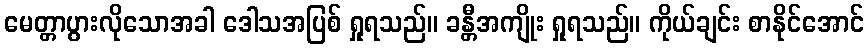
မေတ္တာပွားလိုသောအခါ ဒေါသအပြစ် ရှုရသည်။ ခန္တီအကျိုး ရှုရသည်။ ကိုယ်ချင်း စာနိုင်အောင်